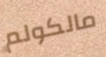
مالكولم